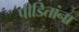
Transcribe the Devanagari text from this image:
पीडितांना